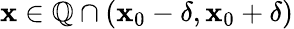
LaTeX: \mathbf{x}\in\mathbb{{Q}}\cap(\mathbf{x}_{0}-\delta,\mathbf{x}_{0}+\delta)